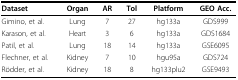
<table><thead><tr><td><b>Dataset</b></td><td><b>Organ</b></td><td><b>AR</b></td><td><b>Tol</b></td><td><b>Platform</b></td><td><b>GEO Acc.</b></td></tr></thead><tbody><tr><td>Gimino, et al.</td><td>Lung</td><td>7</td><td>27</td><td>hg133a</td><td>GDS999</td></tr><tr><td>Karason, et al.</td><td>Heart</td><td>3</td><td>6</td><td>hg133a</td><td>GDS1684</td></tr><tr><td>Patil, et al.</td><td>Lung</td><td>18</td><td>14</td><td>hg133a</td><td>GSE6095</td></tr><tr><td>Flechner, et al.</td><td>Kidney</td><td>7</td><td>10</td><td>hgu95a</td><td>GDS724</td></tr><tr><td>Rödder, et al.</td><td>Kidney</td><td>18</td><td>8</td><td>hg133plu2</td><td>GSE9493</td></tr></tbody></table>